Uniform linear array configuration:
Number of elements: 64
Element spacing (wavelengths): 1
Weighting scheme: hamming
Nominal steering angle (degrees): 60
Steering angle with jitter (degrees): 61.029
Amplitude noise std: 0.05
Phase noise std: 0.05

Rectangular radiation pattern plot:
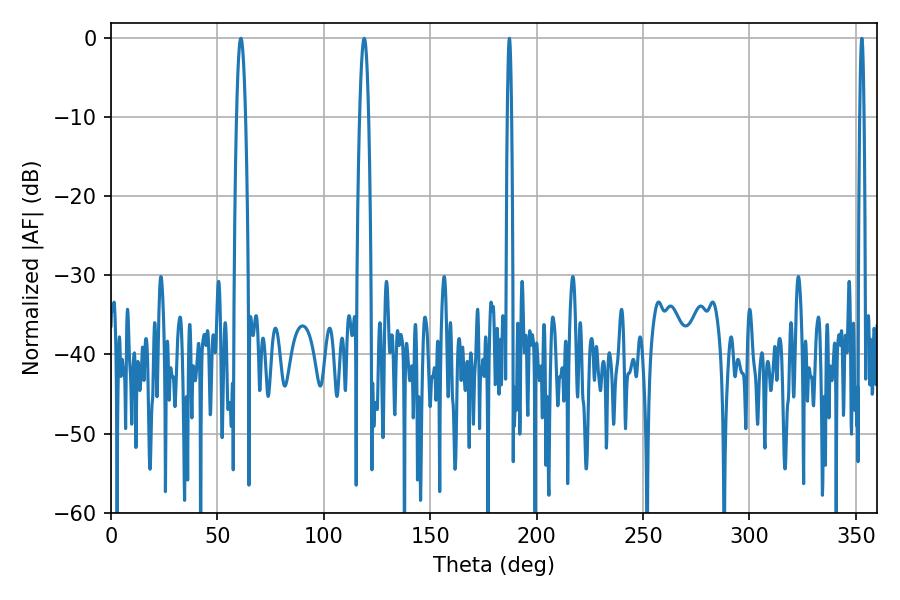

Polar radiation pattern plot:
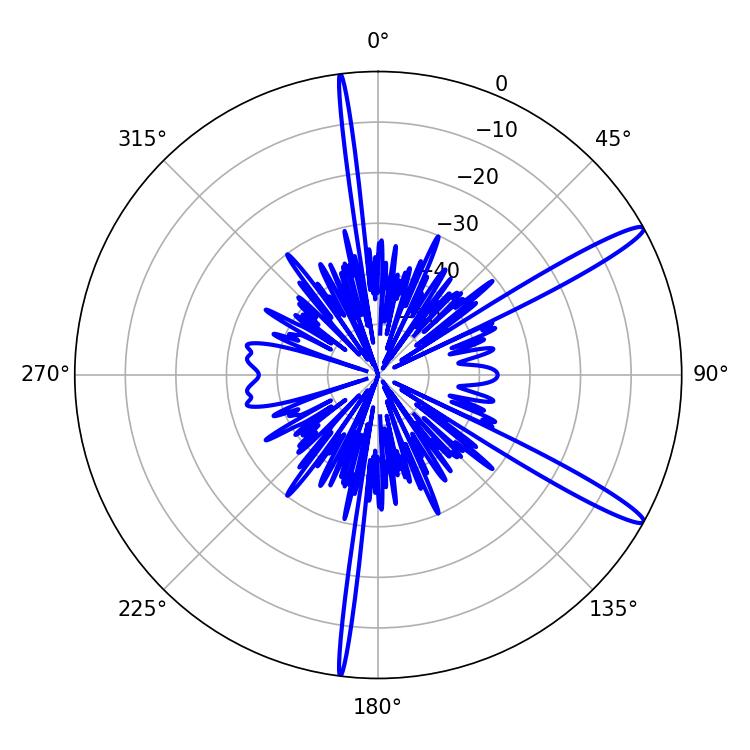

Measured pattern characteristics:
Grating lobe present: TRUE
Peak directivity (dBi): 14.439
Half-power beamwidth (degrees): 2.16
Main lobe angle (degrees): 61.02